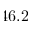
4 6 . 2